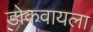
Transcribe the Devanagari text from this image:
डोकवायला